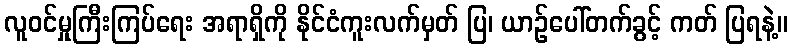
လူဝင်မှုကြီးကြပ်ရေး အရာရှိကို နိုင်ငံကူးလက်မှတ် ပြ၊ ယာဉ်ပေါ်တက်ခွင့် ကတ် ပြရနဲ့။